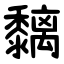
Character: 黐